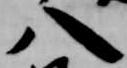
八